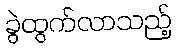
ခွဲထွက်လာသည့်